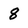
Character: 8